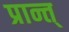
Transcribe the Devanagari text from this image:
प्रान्त्